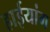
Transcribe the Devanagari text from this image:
हाईयांग